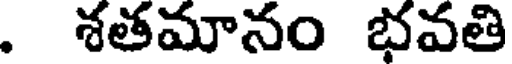
. శతమానం భవతి